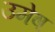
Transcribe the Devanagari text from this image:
उमेष